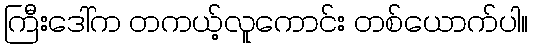
ကြီးဒေါ်က တကယ့်လူကောင်း တစ်ယောက်ပါ။